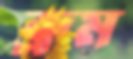
ব্রুম